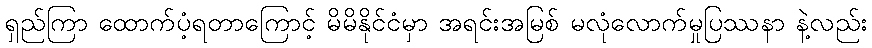
ရှည်ကြာ ထောက်ပံ့ရတာကြောင့် မိမိနိုင်ငံမှာ အရင်းအမြစ် မလုံလောက်မှုပြဿနာ နဲ့လည်း